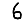
Digit: 6